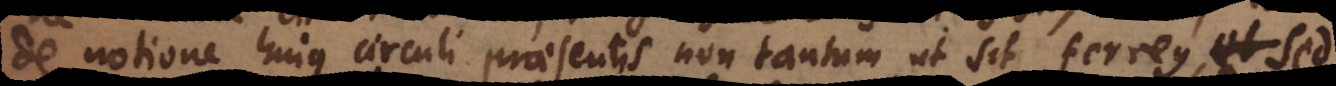
de notione hujus circuli praesentis non tantum ut sit ferreus, sed